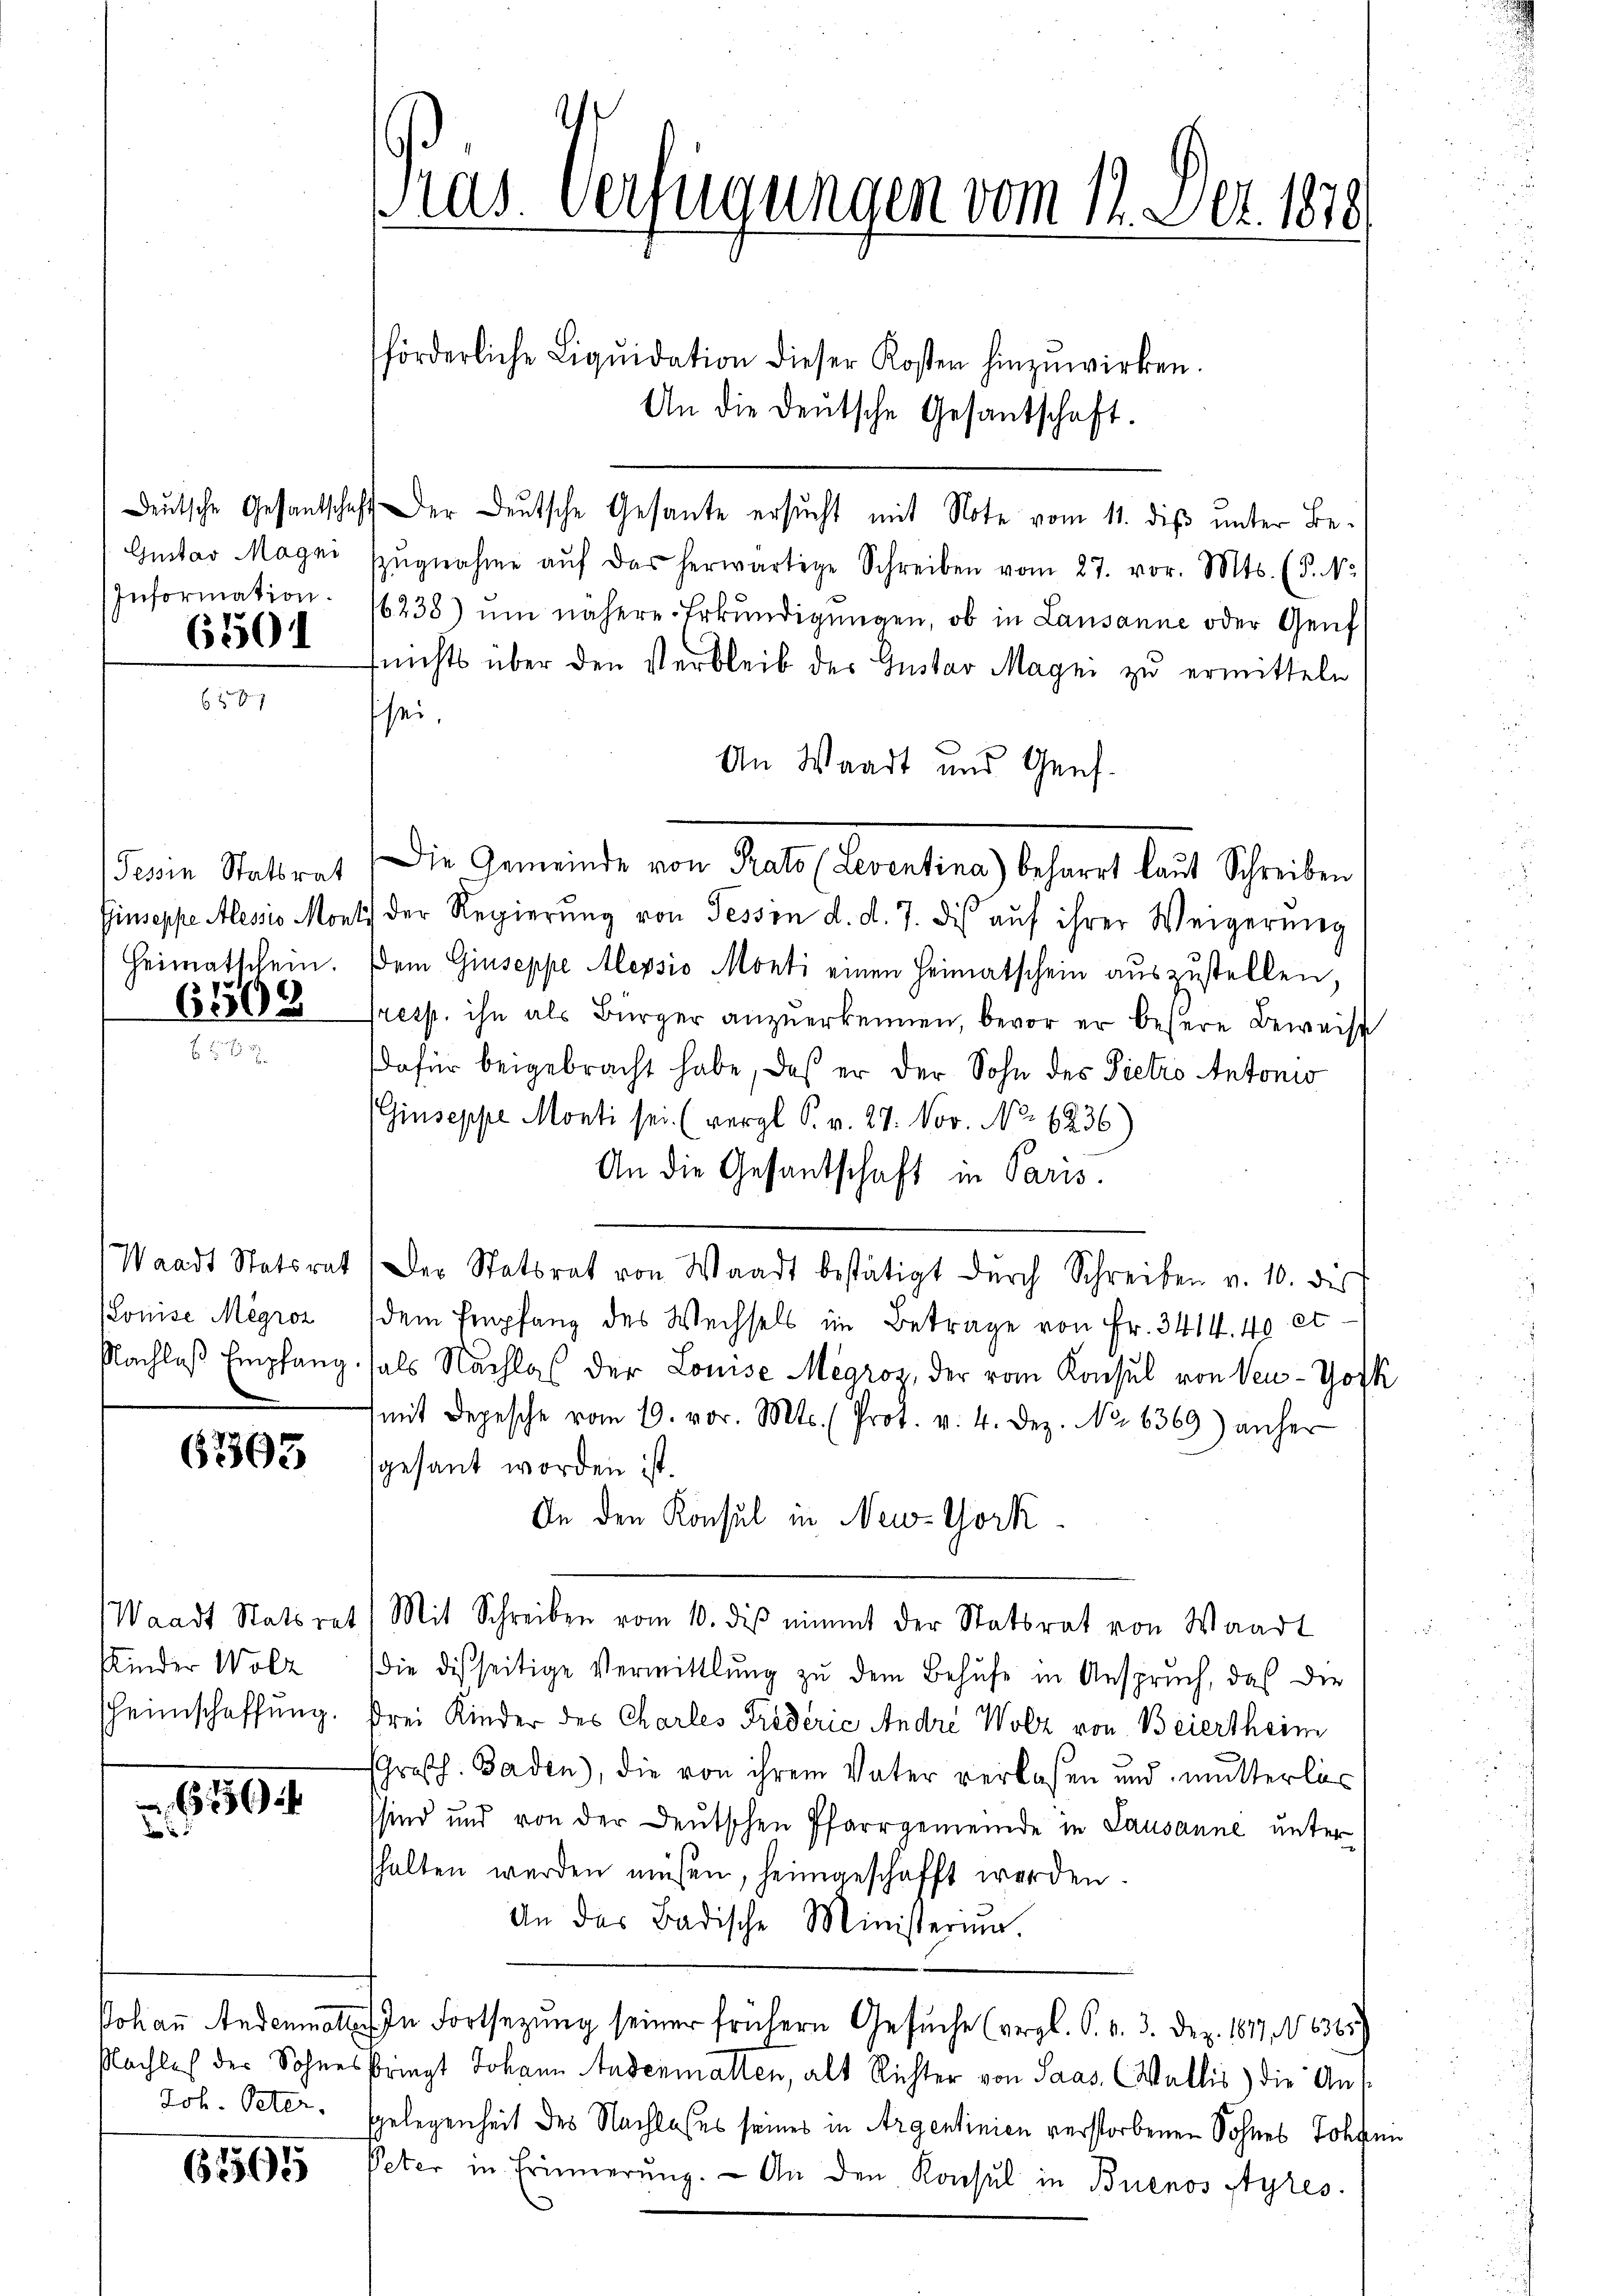
Deutsche Gesantschaft
Gustav Magni
Information.
6501

Tessin Statsrat
Giuseppe Alessio Mont
Heimatschein.
6508

Waadt Statsrat
(Louise Megroz
Nachlaß Empfang.

6305

Waadt Statsrat
Kinder Wolz
heimschaffung.

xxx
de

Johann Andenmatten
Nachles der Sohnes
Joh. Peter.

62565

Pas-Verfügungen vom 11. Dez. 188
förderliche Liqŭidation dieser Kosten hinzuwirken.
An die Deutsche Gesandschaft.

Der Deutsche Gesante ersucht mit Note vom 11. diß unter Bezŭgnahme aŭf das herwärtige Schreiben vom 27. vor. Mts. (T. No
6238) um nähere Erkŭndigungen, ob in Lausanne oder Genf
nichts über den Verbleib der Guster Magni zu ermitteln
sei.
An Waadt und Genf.
der Regierŭng von Fessen d. d. 7. des aŭf ihrer Weigerŭng
dem Giuseppe Alepsio Monti einen Heimatschein auszustellen,
Tresp. ihn als Bürger anzuerkennen, bevor er bessere Beweise
dafür beigebracht habe, daß er der Sohn des Pietro Antonis
Giuseppe Monti sei. (vergl. S. v. 27. Nov. No. 6236)
An die Gesantschaft in Paris.
Der Statsrat von Waadt bestätigt durch Schreiben v. 10. des
dem Empfang des Wechsels im Betrage von Fr. 3414. 40 ethals Nachlaß der Louise Megroz, der vom Konsul von Ven-Hofk
mit Depesche vom 19. vor. Mts. (Prot. v. 4. Dez. No 6369) anher
gesant worden ist.
An den Konsul in New-York
Mit Schreiben vom 10. diβ nimmt der Statsrat von Waadt
.
die disseitige Vermittlung zu dem Behufe in Anspruch, daß die
drei Kinder des Charles Pröderić Andre Wolz von Beiertheim
Großh. Baden), die von ihrem Vater verlassen und mutterlös
sind und von der Deutschen Pfarrgemeinde in Lausanne unter
halten werden müssen, heimgeschafft werden.
An das Badische Ministerium.
In Fortsezung seiner frühern Gesŭche (vergl. S. v. 3. Dez. 1817. No 6365)
kriegt Johann Andermallen, alt Richter von Saas, (Wallis) die An¬
Gelegenheit des Nachlosses seines in Argentinien verstorbenen Sohnes Johann
Peter in Erinnerung. - An den Konsul in Buenos Ayres

Die Gemeinde von Rats (Leventina) beharrt laut Schreiben